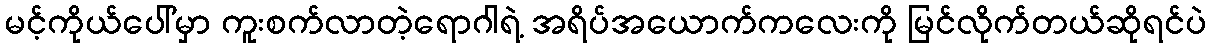
မင့်ကိုယ်ပေါ်မှာ ကူးစက်လာတဲ့ရောဂါရဲ့ အရိပ်အယောက်ကလေးကို မြင်လိုက်တယ်ဆိုရင်ပဲ